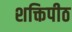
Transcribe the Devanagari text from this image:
शक्तिपीठ